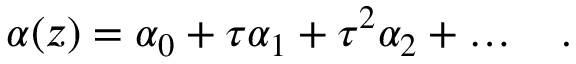
\alpha ( z ) = \alpha _ { 0 } + \tau \alpha _ { 1 } + \tau ^ { 2 } \alpha _ { 2 } + \ldots \quad .